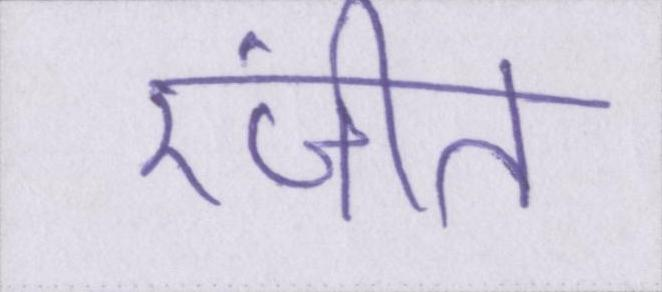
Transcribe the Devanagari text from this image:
रंजीत